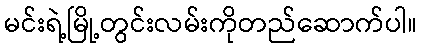
မင်းရဲ့မြို့တွင်းလမ်းကိုတည်ဆောက်ပါ။